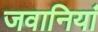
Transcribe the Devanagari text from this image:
जवानियां